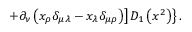
\left. \left. + \partial _ { \nu } \left( x _ { \rho } \delta _ { \mu \lambda } - x _ { \lambda } \delta _ { \mu \rho } \right) \right] D _ { 1 } \left( x ^ { 2 } \right) \right\} .